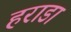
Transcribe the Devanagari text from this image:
हराडा